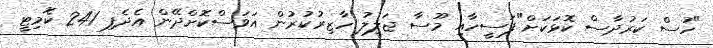
"ހުސް ކަރުދާސް ކޮޅަކަށް"ފަސީހާއި މޫސާ ޖަލީލު ހާޒިރުކުރުން އަވަސްކޮށްދޭން އެދެފި 241 ކޮމިޓީ